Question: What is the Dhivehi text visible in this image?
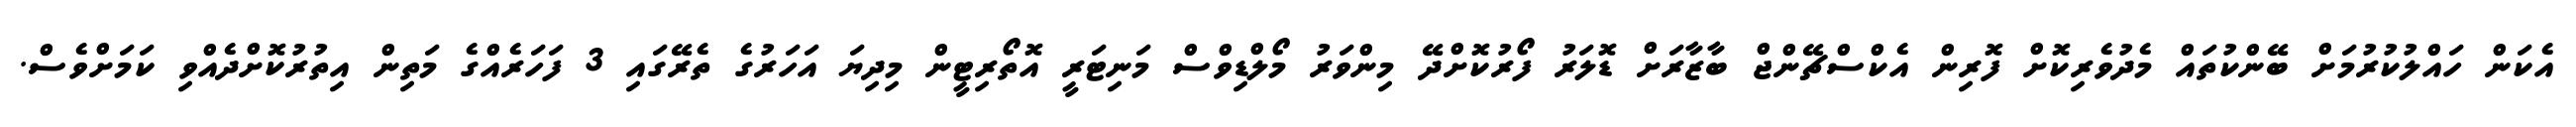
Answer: އެކަން ހައްލުކުރުމަށް ބޭންކުތައް މެދުވެރިކޮށް ފޮރިން އެކްސްޗޭންޖް ބާޒާރަށް ޑޮލަރު ފޯރުކޮށްދޭ މިންވަރު މޯލްޑިވްސް މަނިޓަރީ އޮތޯރިޓީން މިދިޔަ އަހަރުގެ ތެރޭގައި 3 ފަހަރެއްގެ މަތިން އިތުރުކޮށްދެއްވި ކަމަށްވެސް.